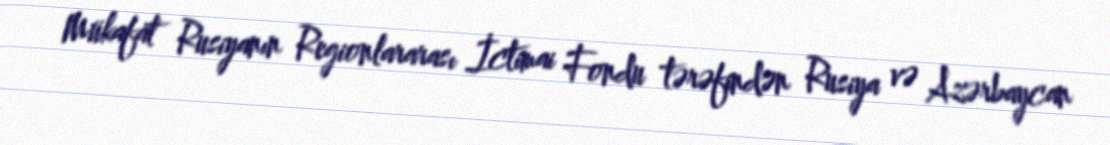
Mükafat Rusiyanın Regionlararası İctimai Fondu tərəfindən Rusiya və Azərbaycan